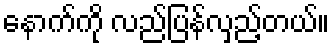
နောက်ကို လည်ပြန်လှည့်တယ်။